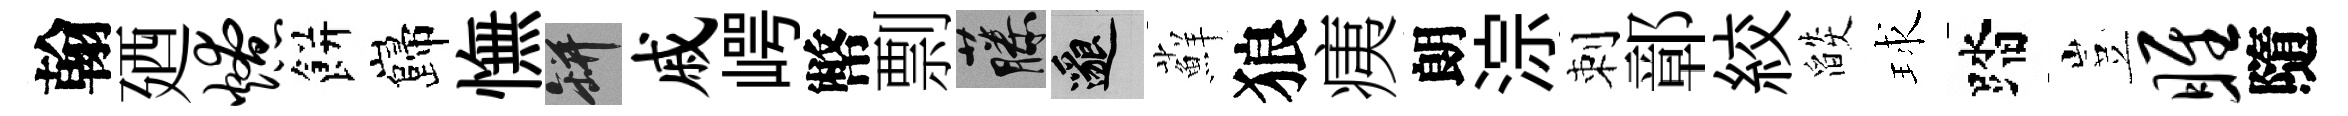
翰廼燎餅巋憮瓶戚崿幣剽藤邈蘚狼痍朗淙刺鄣絞燄球踏豈雎隨